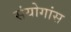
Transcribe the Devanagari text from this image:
संयोगांस